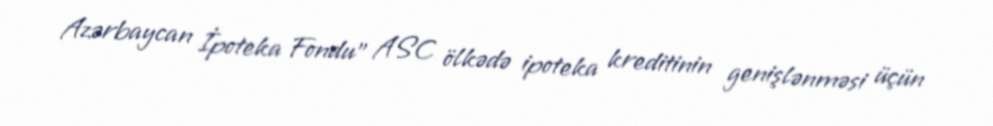
Azərbaycan İpoteka Fondu" ASC ölkədə ipoteka kreditinin genişlənməsi üçün